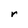
Character: r